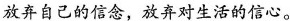
放弃自己的信念，放弃对生活的信心。